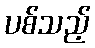
ပစ်သည့်